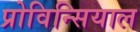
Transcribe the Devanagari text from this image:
प्रोविन्सियाल